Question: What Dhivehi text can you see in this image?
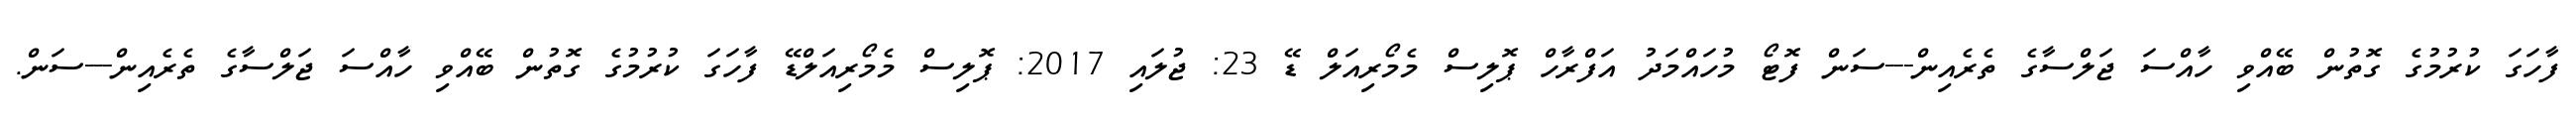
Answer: ފާހަގަ ކުރުމުގެ ގޮތުން ބޭއްވި ހާއްސަ ޖަލްސާގެ ތެރެއިން---ސަން ފޮޓޯ މުހައްމަދު އަފްރާހް ޕޮލިސް މެމޯރިއަލް ޑޭ 23: ޖުލައި 2017: ޕޮލިސް މެމޯރިއަލްޑޭ ފާހަގަ ކުރުމުގެ ގޮތުން ބޭއްވި ހާއްސަ ޖަލްސާގެ ތެރެއިން---ސަން.